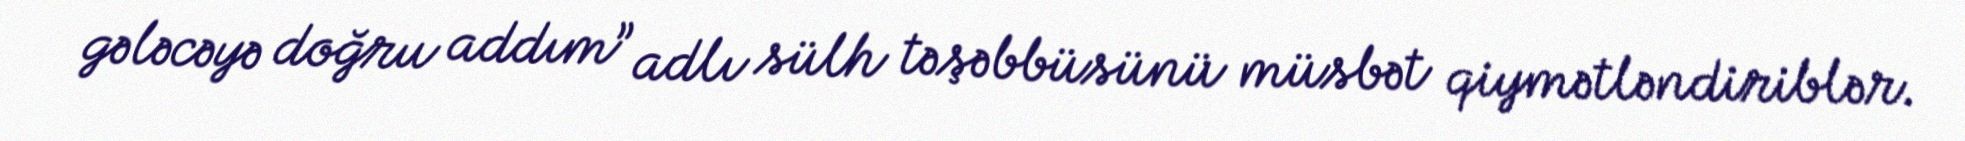
gələcəyə doğru addım” adlı sülh təşəbbüsünü müsbət qiymətləndiriblər.